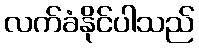
လက်ခံနိုင်ပါသည်